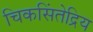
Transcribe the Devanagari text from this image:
चिकसिंतेद्रिय